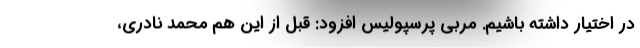
در اختیار داشته باشیم. مربی پرسپولیس افزود: قبل از این هم محمد نادری،